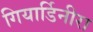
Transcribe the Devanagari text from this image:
गियार्डिनीरा